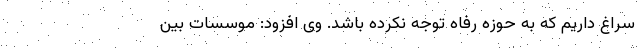
سراغ داریم که به حوزه رفاه توجه نکرده باشد. وی افزود: موسسات بین